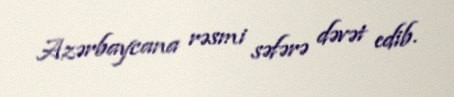
Azərbaycana rəsmi səfərə dəvət edib.